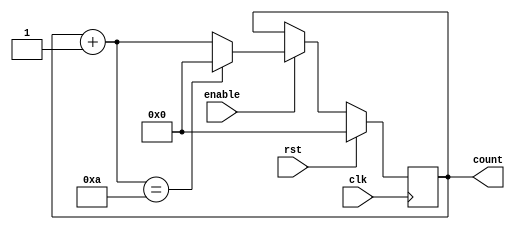
module BCD_Up_Counter_with_Enable (
    input wire clk,
    input wire rst,
    input wire enable,
    output reg [3:0] count
);

reg [3:0] next_count;

always @(posedge clk) begin
    if (rst) begin
        count <= 4'b0000;
    end else if (enable) begin
        next_count = count + 1;
        if (next_count == 10) begin
            next_count = 4'b0000;
        end
        count <= next_count;
    end
end

endmodule